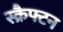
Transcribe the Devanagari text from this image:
स्क्रैफ्टन